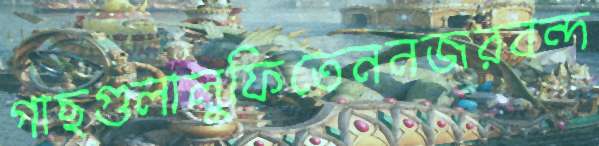
গাছগুলালুফিতেননজরবন্দ